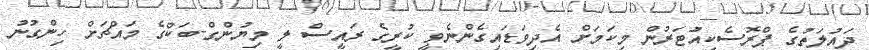
ދައުލަތުގެ ޕްރޮސެކިއުޓަރުން މިކަމަށް އެދިވަޑައިގެންނެވީ ކުރީގެ ރައީސް ލީ މިޔުންގް-ބަކްގެ މައްޗަށް ހިންގުނު